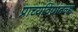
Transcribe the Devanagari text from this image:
प्राच्यविद्यातज्‍ज्ञ